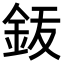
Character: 𬫆